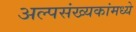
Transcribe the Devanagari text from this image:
अल्पसंख्यकांमध्ये